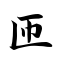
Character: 匝